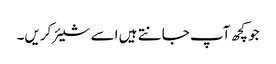
جو کچھ آپ جانتے ہیں اسے شیئر کریں۔